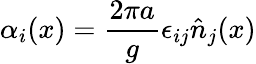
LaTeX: \alpha_{i}(x)=\frac{2\pi a}{g}\epsilon_{ij}\hat{n}_{j}(x)